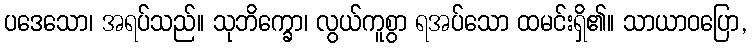
ပဒေသော၊ အရပ်သည်။ သုဘိက္ခော၊ လွယ်ကူစွာ ရအပ်သော ထမင်းရှိ၏။ သာယာဝပြော,